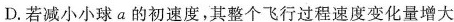
D.若减小小球a的初速度，其整个飞行过程速度变化量增大